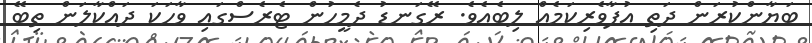
ބަޔާންކުރަން ދަތި އުފާވެރިކަމެއް ލިބެއެވެ. ރޭގަނޑު ދެމީހުން ޓެރެސްގައި ވާހަކަ ދައްކާލަން ތިބޭ